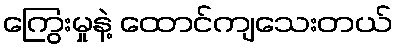
ကြွေးမှုနဲ့ ထောင်ကျသေးတယ်